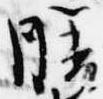
膳